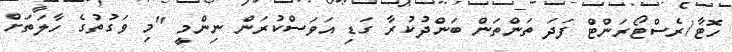
ހޮޓާ/ރެސްޓޯރަންޓް ފަދަ ތަންތަން ބަންދުކުރާ ގަޑި އަވަސްކުުރަން ނިންމީ "މި ވަގުތުގެ ހާލަތަށް